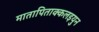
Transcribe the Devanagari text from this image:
मातापिताक्कलइयुन